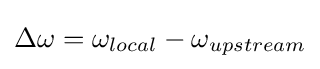
\Delta \omega =\omega _{local}-\omega _{upstream}